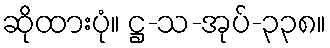
ဆိုထားပုံ။ ဋ္ဌ-သ-အုပ်-၃၃၈။